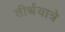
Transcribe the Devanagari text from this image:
तीर्थयात्रे